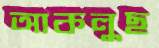
আকলুছ